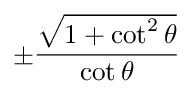
\pm { \frac { \sqrt { 1 + \cot ^ { 2 } \theta } } { \cot \theta } }